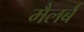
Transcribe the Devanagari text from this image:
मैलर्ब